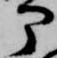
部